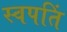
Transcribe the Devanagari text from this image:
स्वपतिं